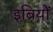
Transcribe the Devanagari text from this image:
इब्रियों